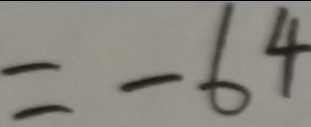
= - 6 4